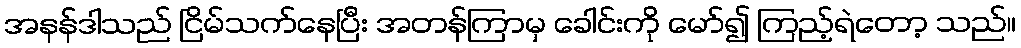
အနန်ဒါသည် ငြိမ်သက်နေပြီး အတန်ကြာမှ ခေါင်းကို မော်၍ ကြည့်ရဲတော့ သည်။